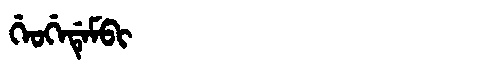
Manchu: ᡤᡝᠣᡤᡝᡩᡝᠮᠪᡳ
Romanization: GEOGEDEMBI